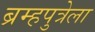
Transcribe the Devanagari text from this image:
ब्रम्हपुत्रेला